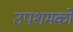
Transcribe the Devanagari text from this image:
उपशमकों